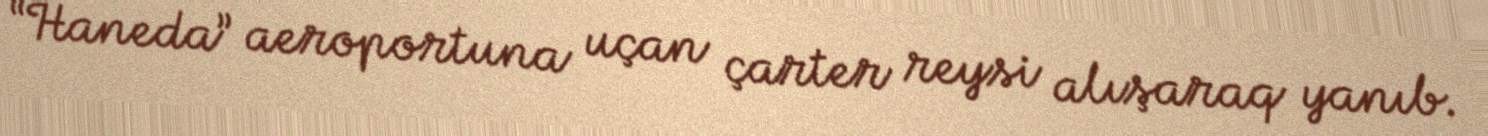
“Haneda” aeroportuna uçan çarter reysi alışaraq yanıb.